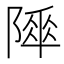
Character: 𨻾